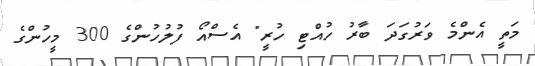
މަތީ އެންމެ ވަރުގަދަ ބާރު ހުއްޓި ހުރީ" އެސްއޯ ފުލުހުންގެ 300 މީހުންގެ